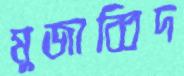
মুজাব্বিদ